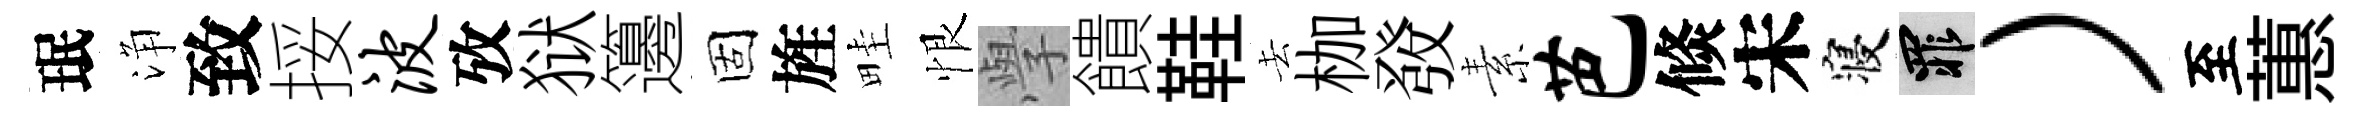
珉浄致挼波攷狱籩固旌畦恨𭓕饋鞋去枷𤼲素芭倐宋寝罪）至蕙